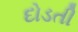
દોડતી